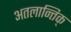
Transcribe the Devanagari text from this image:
अतलान्तिक्